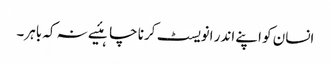
انسان کو اپنے اندر انویسٹ کرنا چاہئیے نہ کہ باہر۔